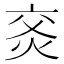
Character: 𰞙